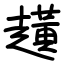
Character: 趪